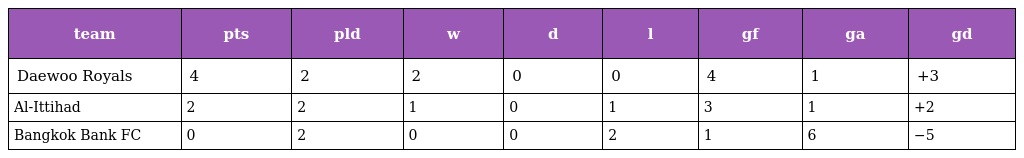
| team | pts | pld | w | d | l | gf | ga | gd |
 | --- | --- | --- | --- | --- | --- | --- | --- | --- |
 | Daewoo Royals | 4 | 2 | 2 | 0 | 0 | 4 | 1 | +3 |
 | Al-Ittihad | 2 | 2 | 1 | 0 | 1 | 3 | 1 | +2 |
 | Bangkok Bank FC | 0 | 2 | 0 | 0 | 2 | 1 | 6 | −5 |